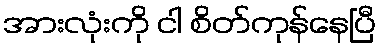
အားလုံးကို ငါ စိတ်ကုန်နေပြီ